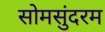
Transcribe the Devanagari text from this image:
सोमसुंदरम